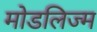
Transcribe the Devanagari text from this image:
मोडलिज्म